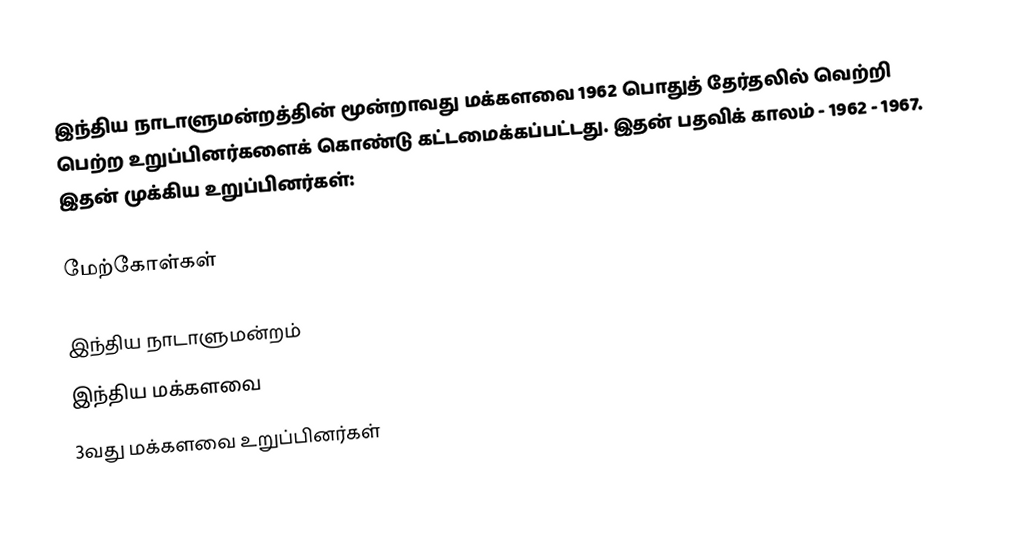
இந்திய நாடாளுமன்றத்தின் மூன்றாவது மக்களவை 1962 பொதுத் தேர்தலில் வெற்றி பெற்ற உறுப்பினர்களைக் கொண்டு கட்டமைக்கப்பட்டது. இதன் பதவிக் காலம் - 1962 - 1967. இதன் முக்கிய உறுப்பினர்கள்:

மேற்கோள்கள்

இந்திய நாடாளுமன்றம்
இந்திய மக்களவை
3வது மக்களவை உறுப்பினர்கள்